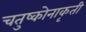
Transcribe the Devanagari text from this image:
चतुष्कोनाकृती